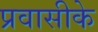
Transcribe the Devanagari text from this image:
प्रवासीके